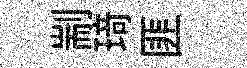
剬𤦺匪